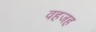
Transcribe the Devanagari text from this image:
वहजह